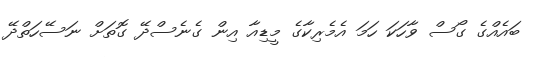
ބައެއްގެ ގޯސް ވާހަކަ ހަމަ އެމެރިކާގެ މީޑިއާ އިން ގެނެސްދޭ ގޮތަށް ނަސޭހަތްދޭ